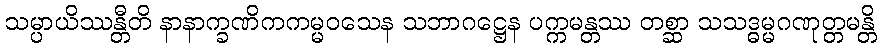
သမ္ပာယိဿန္တီတိ နာနာက္ခဏိကကမ္မဝသေန သဘာဂဋ္ဌေန ပက္ကမန္တဿ တစ္ဆာ သသဒ္ဓမ္မဂဏုတ္တမန္တိ